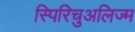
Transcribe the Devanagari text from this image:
स्पिरिचुअलिज्म